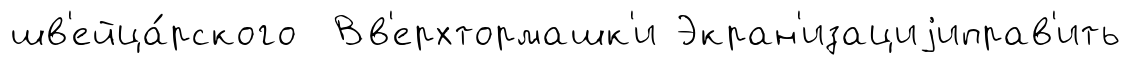
шв'ейца́рского Вв'ерхтормашк'и Экран'изациjиправ'ить